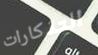
التذكارات